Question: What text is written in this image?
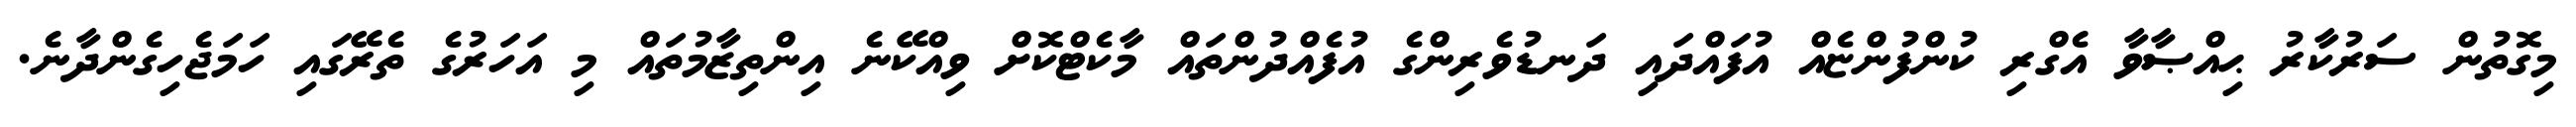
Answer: މިގޮތުން ސަރުކާރު ޙިއްޞާވާ އެގްރި ކުންފުންޏެއް އުފައްދައި ދަނޑުވެރިންގެ އުފެއްދުންތައް މާކެޓްކޮށް ވިއްކޭނެ އިންތިޒާމުތައް މި އަހަރުގެ ތެރޭގައި ހަމަޖެހިގެންދާނެ.